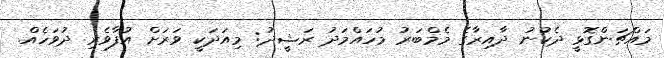
މައްޗަންގޮޅީ ދެކުނު ދާއިރާގެ މެމްބަރު މުހައްމަދު ރަޝީދު: މިއަދަކީ ވަރަށް އުފާވެރި ދުވަހެއް.